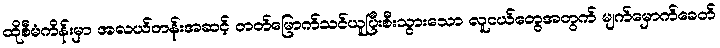
ထိုစီမံကိန်းမှာ အလယ်တန်းအဆင့် တတ်မြောက်သင်ယူပြီးစီးသွားသော လူငယ်တွေအတွက် မျက်မှောက်ခေတ်